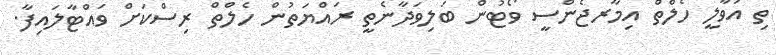
ތި އުވާލީ ހެލްތް އިމާރޖެންސީ ވޯޓުން ބަލިވަދާނެތީ ރައްޔަތުން ހެލްތް ރިސްކަށް ވައްޓާލައިފާ.